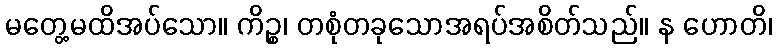
မတွေ့မထိအပ်သော။ ကိဉ္စ၊ တစုံတခုသောအရပ်အစိတ်သည်။ န ဟောတိ၊